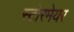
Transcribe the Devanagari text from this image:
स्टोरमेयर